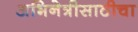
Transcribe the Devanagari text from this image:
अभिनेत्रीसाठीचा